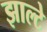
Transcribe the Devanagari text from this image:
झाल्टे